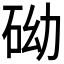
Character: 𥑑